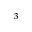
^ 3